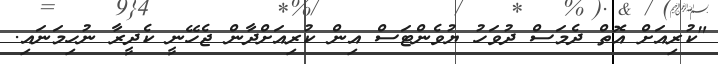
"ކުރިއަށް އޮތް ދެމަސް ދުވަހު ޔުވެންޓަސް އިން ކުރިއަށްދާން ޖެހޭނީ ކެދީރާ ނުހިމަނައި.